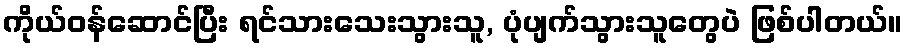
ကိုယ်ဝန်ဆောင်ပြီး ရင်သားသေးသွားသူ, ပုံပျက်သွားသူတွေပဲ ဖြစ်ပါတယ်။